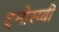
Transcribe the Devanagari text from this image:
इनोस्य्बी